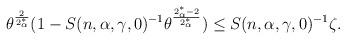
LaTeX: \begin{align*} \begin{aligned} &\theta^{\frac{2}{2^*_\alpha}} (1- S(n,\alpha,\gamma,0)^{-1} \theta^{\frac{2^*_\alpha - 2}{2^*_\alpha}}) \le S(n,\alpha,\gamma,0)^{-1} \zeta. \end{aligned}\end{align*}